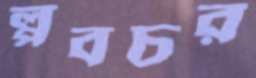
প্লবচর